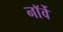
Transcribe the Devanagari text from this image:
नाॅर्वे